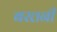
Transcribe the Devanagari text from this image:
बरत्तनी